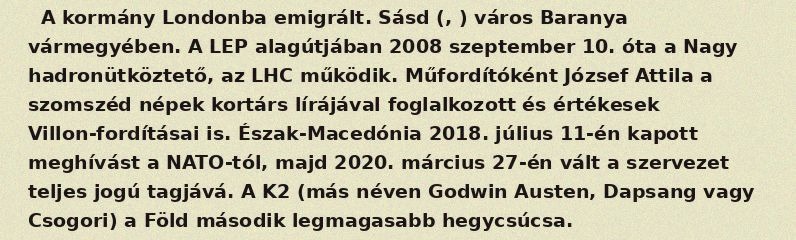
A kormány Londonba emigrált. Sásd (, ) város Baranya vármegyében. A LEP alagútjában 2008 szeptember 10. óta a Nagy hadronütköztető, az LHC működik. Műfordítóként József Attila a szomszéd népek kortárs lírájával foglalkozott és értékesek Villon-fordításai is. Észak-Macedónia 2018. július 11-én kapott meghívást a NATO-tól, majd 2020. március 27-én vált a szervezet teljes jogú tagjává. A K2 (más néven Godwin Austen, Dapsang vagy Csogori) a Föld második legmagasabb hegycsúcsa.